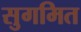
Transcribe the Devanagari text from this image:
सुगमित